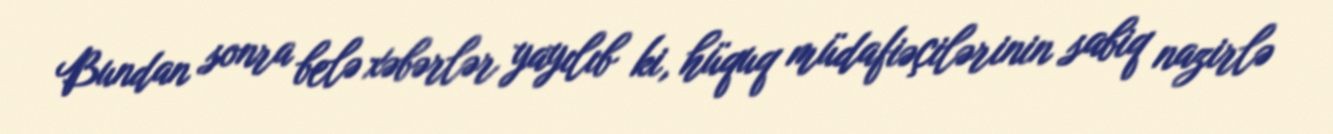
Bundan sonra belə xəbərlər yayılıb ki, hüquq müdafiəçilərinin sabiq nazirlə